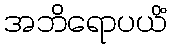
အဘိရောပယိံ